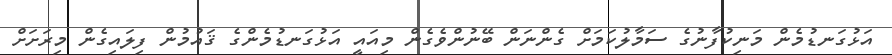
އަޅުގަނޑުމެން މަނިކުފާނުގެ ސަމާލުކަމަށް ގެންނަން ބޭނުންވެގެން މިއައީ އަޅުގަނޑުމެންގެ ޤައުމުން ފިލައިގެން މިރަށަށް